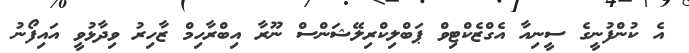
އެ ކުންފުނީގެ ސީނިއާ އެގްޒެކްޓިވް ޕަބްލިކްރިލޭޝަންސް ނޫރާ އިބްރާހިމް ޒާހިރު ވިދާޅުވީ އައިފޯނު